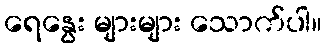
ရေနွေး များများ သောက်ပါ။